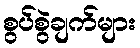
စွပ်စွဲချက်များ